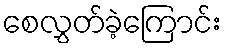
စေလွှတ်ခဲ့ကြောင်း